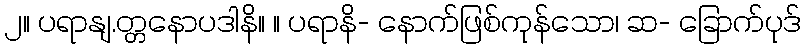
၂။ ပရာနျ.တ္တနောပဒါနိ။ ။ ပရာနိ- နောက်ဖြစ်ကုန်သော၊ ဆ- ခြောက်ပုဒ်